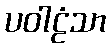
ပဝါဠံသာ